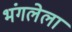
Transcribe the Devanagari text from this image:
भंगलेला